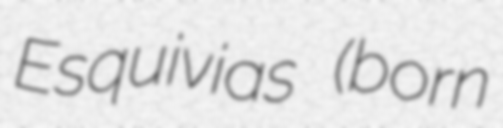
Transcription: Esquivias (born